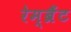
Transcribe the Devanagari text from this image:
रेम्ब्रैंट